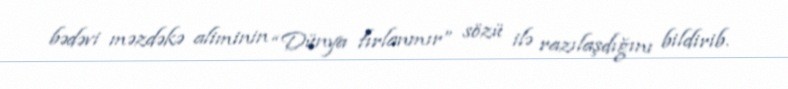
bədəvi məzdəkə aliminin “Dünya fırlanmır” sözü ilə razılaşdığını bildirib.